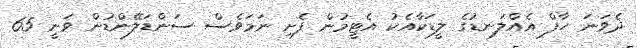
ދެވަނަ ހާފް އެއްލަނޑުގެ ލީޑަކާއެކު އެޓީމުން ފެށި ނަމަވެސް ސަންޑަލޭންޑުން ވަނީ 65